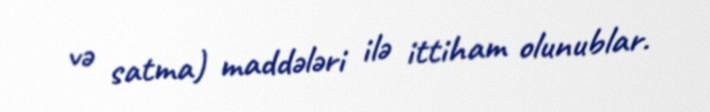
və satma) maddələri ilə ittiham olunublar.